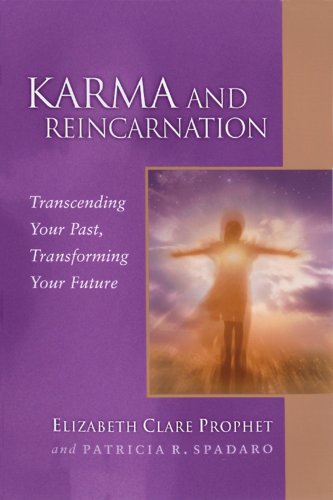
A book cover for Karma And Reincarnation: Transcending Your Past, Transforming Your Future (Pocket Guides to Practical Spirituality); Elizabeth Clare Prophet; Religion & Spirituality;